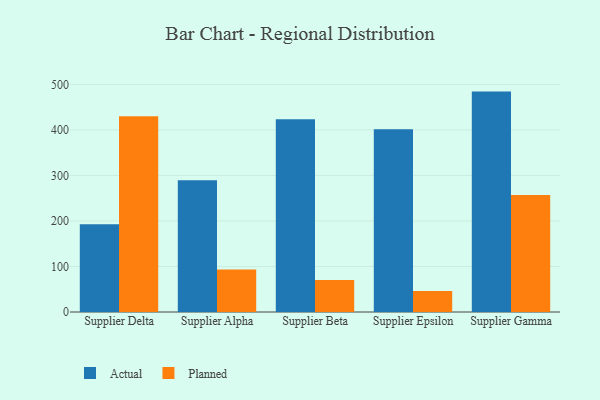
{"axis": {"x": "Supplier", "y": "Satisfaction Score"}, "legend": ["Actual", "Planned"], "data": [{"x": "Supplier Delta", "y": 192.8, "type": "Actual"}, {"x": "Supplier Delta", "y": 429.8, "type": "Planned"}, {"x": "Supplier Alpha", "y": 289.3, "type": "Actual"}, {"x": "Supplier Alpha", "y": 93.6, "type": "Planned"}, {"x": "Supplier Beta", "y": 423.7, "type": "Actual"}, {"x": "Supplier Beta", "y": 70.4, "type": "Planned"}, {"x": "Supplier Epsilon", "y": 401.3, "type": "Actual"}, {"x": "Supplier Epsilon", "y": 46.4, "type": "Planned"}, {"x": "Supplier Gamma", "y": 484.2, "type": "Actual"}, {"x": "Supplier Gamma", "y": 256.8, "type": "Planned"}]}